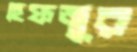
হেফজুর